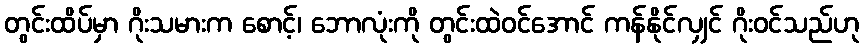
တွင်းထိပ်မှာ ဂိုးသမားက စောင့်၊ ဘောလုံးကို တွင်းထဲဝင်အောင် ကန်နိုင်လျှင် ဂိုးဝင်သည်ဟု